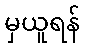
မှယူရန်